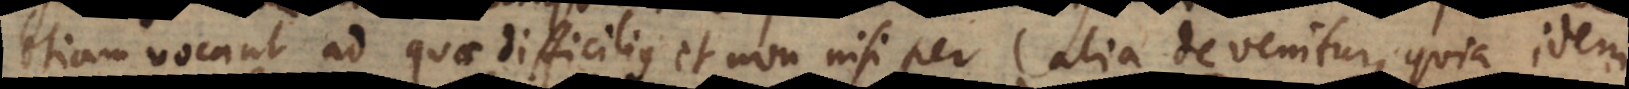
etiam vocant ad quae difficilius et non nisi per alia devenitur, quia idem